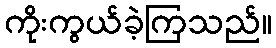
ကိုးကွယ်ခဲ့ကြသည်။